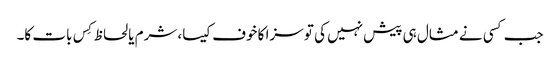
جب کسی نے مثال ہی پیش نہیں کی تو سزا کا خوف کیسا، شرم یا لحاظ کِس بات کا۔